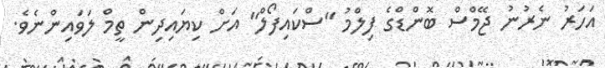
އަހަރު ނެރުނު ޖޭމްސް ބޮންޑްގެ ފިލްމު "ސްކައިފޯލް" އަށް ކިޔައިދިން ތީމް ލަވައިންނެވެ.